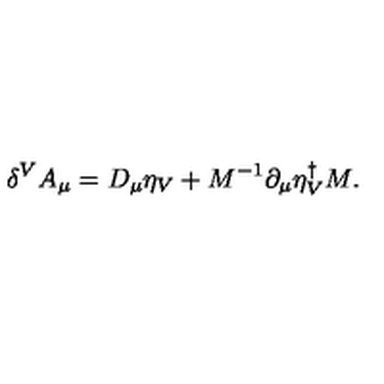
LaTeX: \delta ^ { V } A _ { \mu } = D _ { \mu } \eta _ { V } + M ^ { - 1 } \partial _ { \mu } \eta _ { V } ^ { \dagger } M .